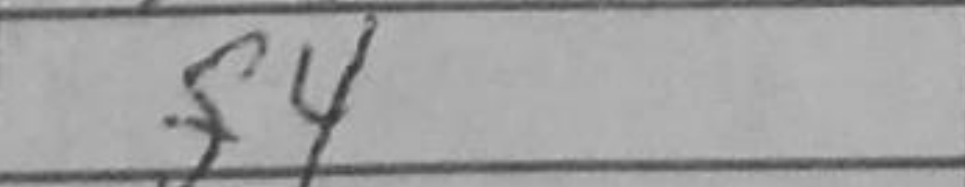
Transcription: f4